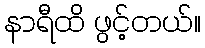
နာရီထိ ဖွင့်တယ်။